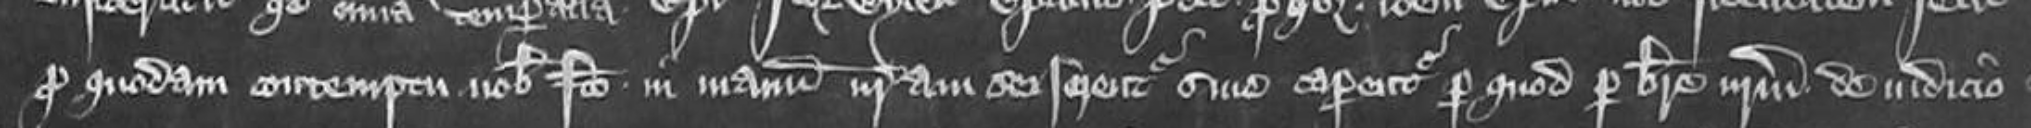
pro quodam contemptu nobis facto in manum nostram seiserentur sive caperentur per quod per breve nostrum de iudicio